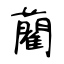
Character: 藺